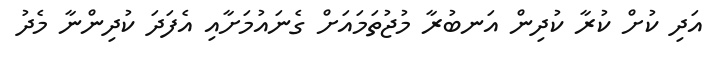
އަދި ކުށް ކުރާ ކުދިން އަނބުރާ މުޖުތަމައަށް ގެނައުމަށާއި އެފަދަ ކުދިންނާ މެދު